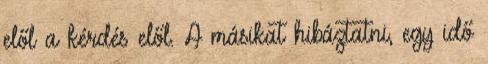
elől a kérdés elől. A másikat hibáztatni, egy idő